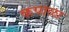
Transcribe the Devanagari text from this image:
कपाळा